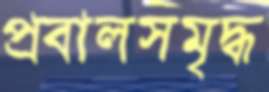
প্রবালসমৃদ্ধ